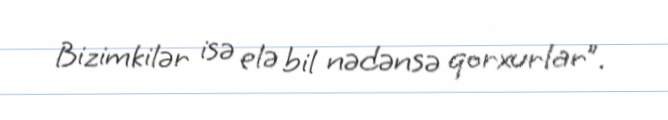
Bizimkilər isə elə bil nədənsə qorxurlar”.